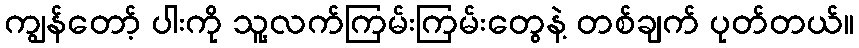
ကျွန်တော့် ပါးကို သူ့လက်ကြမ်းကြမ်းတွေနဲ့ တစ်ချက် ပုတ်တယ်။